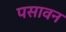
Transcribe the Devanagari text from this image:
पसावन